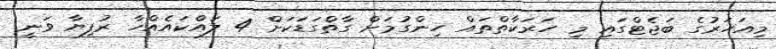
މިއަހަރުގެ ބަޖެޓްގައި މި ހަރަކާތްތައް ހިންގުމަށް ގާތްގަޑަކަށް 4 ލައްކައެއްހާ ރުފިޔާ ވަނީ